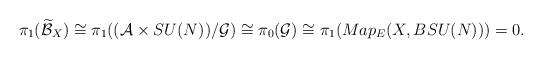
LaTeX: \begin{align*}\pi_{1}(\widetilde{\mathcal{B}}_{X})\cong\pi_{1}((\mathcal{A}\times SU(N))/\mathcal{G})\cong\pi_{0}(\mathcal{G})\cong \pi_{1}(Map_{E}(X,BSU(N)))=0. \end{align*}